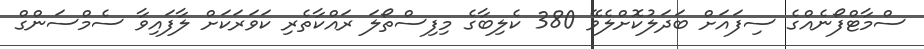
ސްމާޓްފޯނެއްގެ ސިފައަށް ބަދަލުކޮށްލެވޭ 380 ކެލިބާގެ މިފިސްތޯލަ ރައްކާތެރި ކަވަރަކަށް ލާފައިވާ ސެމްސަންގް